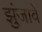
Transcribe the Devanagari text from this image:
झुंजावे